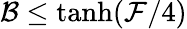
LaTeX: {\mathcal B}\le\operatorname{tanh}(\mathcal{F}/4)